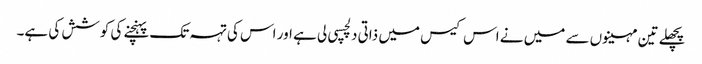
پچھلے تین مہینوں سے میں نے اس کیس میں ذاتی دلچسپی لی ہے اور اس کی تہہ تک پہنچنے کی کوشش کی ہے۔